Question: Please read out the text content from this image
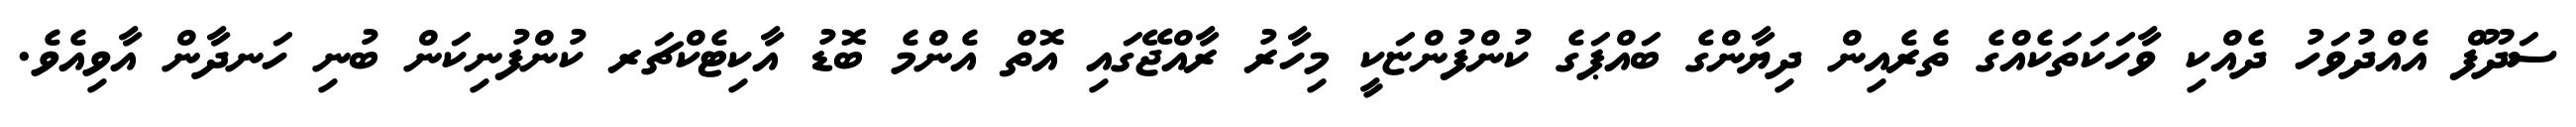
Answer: ސަދޫފް އެއްދުވަހު ދެއްކި ވާހަކަތަކެއްގެ ތެރެއިން ދިޔާންގެ ބައްޕަގެ ކުންފުންޏަކީ މިހާރު ރާއްޖޭގައި އޮތް އެންމެ ބޮޑު އާކިޓެކްޗަރ ކުންފުނިކަން ބުނި ހަނދާން އާވިއެވެ.